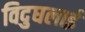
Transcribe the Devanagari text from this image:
विदुघलाई